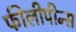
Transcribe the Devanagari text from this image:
फीलीपीन्स